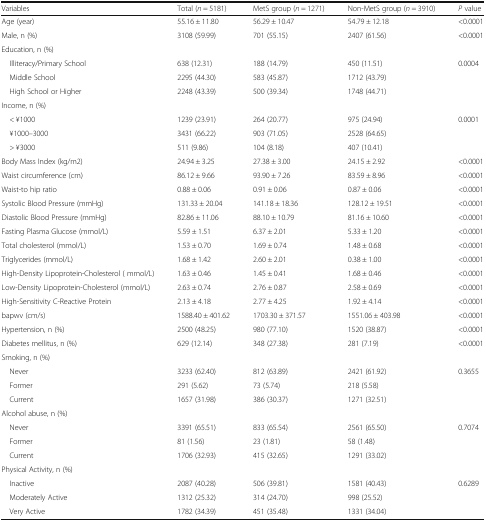
<table><thead><tr><td><b>Variables</b></td><td><b>Total (<i>n</i> = 5181)</b></td><td><b>MetS group (<i>n</i> = 1271)</b></td><td><b>Non-MetS group (<i>n</i> = 3910)</b></td><td><b><i>P</i> value</b></td></tr></thead><tbody><tr><td>Age (year)</td><td>55.16 ± 11.80</td><td>56.29 ± 10.47</td><td>54.79 ± 12.18</td><td>&lt;0.0001</td></tr><tr><td>Male, n (%)</td><td>3108 (59.99)</td><td>701 (55.15)</td><td>2407 (61.56)</td><td>&lt;0.0001</td></tr><tr><td colspan="5">Education, n (%)</td></tr><tr><td> Illiteracy/Primary School</td><td>638 (12.31)</td><td>188 (14.79)</td><td>450 (11.51)</td><td rowspan="3">0.0004</td></tr><tr><td> Middle School</td><td>2295 (44.30)</td><td>583 (45.87)</td><td>1712 (43.79)</td></tr><tr><td> High School or Higher</td><td>2248 (43.39)</td><td>500 (39.34)</td><td>1748 (44.71)</td></tr><tr><td colspan="5">Income, n (%)</td></tr><tr><td> &lt; ¥1000</td><td>1239 (23.91)</td><td>264 (20.77)</td><td>975 (24.94)</td><td rowspan="3">0.0001</td></tr><tr><td> ¥1000–3000</td><td>3431 (66.22)</td><td>903 (71.05)</td><td>2528 (64.65)</td></tr><tr><td> &gt; ¥3000</td><td>511 (9.86)</td><td>104 (8.18)</td><td>407 (10.41)</td></tr><tr><td>Body Mass Index (kg/m2)</td><td>24.94 ± 3.25</td><td>27.38 ± 3.00</td><td>24.15 ± 2.92</td><td>&lt;0.0001</td></tr><tr><td>Waist circumference (cm)</td><td>86.12 ± 9.66</td><td>93.90 ± 7.26</td><td>83.59 ± 8.96</td><td>&lt;0.0001</td></tr><tr><td>Waist-to hip ratio</td><td>0.88 ± 0.06</td><td>0.91 ± 0.06</td><td>0.87 ± 0.06</td><td>&lt;0.0001</td></tr><tr><td>Systolic Blood Pressure (mmHg)</td><td>131.33 ± 20.04</td><td>141.18 ± 18.36</td><td>128.12 ± 19.51</td><td>&lt;0.0001</td></tr><tr><td>Diastolic Blood Pressure (mmHg)</td><td>82.86 ± 11.06</td><td>88.10 ± 10.79</td><td>81.16 ± 10.60</td><td>&lt;0.0001</td></tr><tr><td>Fasting Plasma Glucose (mmol/L)</td><td>5.59 ± 1.51</td><td>6.37 ± 2.01</td><td>5.33 ± 1.20</td><td>&lt;0.0001</td></tr><tr><td>Total cholesterol (mmol/L)</td><td>1.53 ± 0.70</td><td>1.69 ± 0.74</td><td>1.48 ± 0.68</td><td>&lt;0.0001</td></tr><tr><td>Triglycerides (mmol/L)</td><td>1.68 ± 1.42</td><td>2.60 ± 2.01</td><td>0.38 ± 1.00</td><td>&lt;0.0001</td></tr><tr><td>High-Density Lipoprotein-Cholesterol ( mmol/L)</td><td>1.63 ± 0.46</td><td>1.45 ± 0.41</td><td>1.68 ± 0.46</td><td>&lt;0.0001</td></tr><tr><td>Low-Density Lipoprotein-Cholesterol (mmol/L)</td><td>2.63 ± 0.74</td><td>2.76 ± 0.87</td><td>2.58 ± 0.69</td><td>&lt;0.0001</td></tr><tr><td>High-Sensitivity C-Reactive Protein</td><td>2.13 ± 4.18</td><td>2.77 ± 4.25</td><td>1.92 ± 4.14</td><td>&lt;0.0001</td></tr><tr><td>bapwv (cm/s)</td><td>1588.40 ± 401.62</td><td>1703.30 ± 371.57</td><td>1551.06 ± 403.98</td><td>&lt;0.0001</td></tr><tr><td>Hypertension, n (%)</td><td>2500 (48.25)</td><td>980 (77.10)</td><td>1520 (38.87)</td><td>&lt;0.0001</td></tr><tr><td>Diabetes mellitus, n (%)</td><td>629 (12.14)</td><td>348 (27.38)</td><td>281 (7.19)</td><td>&lt;0.0001</td></tr><tr><td colspan="5">Smoking, n (%)</td></tr><tr><td> Never</td><td>3233 (62.40)</td><td>812 (63.89)</td><td>2421 (61.92)</td><td rowspan="3">0.3655</td></tr><tr><td> Former</td><td>291 (5.62)</td><td>73 (5.74)</td><td>218 (5.58)</td></tr><tr><td> Current</td><td>1657 (31.98)</td><td>386 (30.37)</td><td>1271 (32.51)</td></tr><tr><td colspan="5">Alcohol abuse, n (%)</td></tr><tr><td> Never</td><td>3391 (65.51)</td><td>833 (65.54)</td><td>2561 (65.50)</td><td rowspan="3">0.7074</td></tr><tr><td> Former</td><td>81 (1.56)</td><td>23 (1.81)</td><td>58 (1.48)</td></tr><tr><td> Current</td><td>1706 (32.93)</td><td>415 (32.65)</td><td>1291 (33.02)</td></tr><tr><td colspan="5">Physical Activity, n (%)</td></tr><tr><td> Inactive</td><td>2087 (40.28)</td><td>506 (39.81)</td><td>1581 (40.43)</td><td rowspan="3">0.6289</td></tr><tr><td> Moderately Active</td><td>1312 (25.32)</td><td>314 (24.70)</td><td>998 (25.52)</td></tr><tr><td> Very Active</td><td>1782 (34.39)</td><td>451 (35.48)</td><td>1331 (34.04)</td></tr></tbody></table>